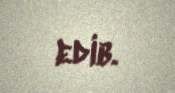
edib.